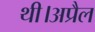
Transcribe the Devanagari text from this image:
थी।अप्रैल